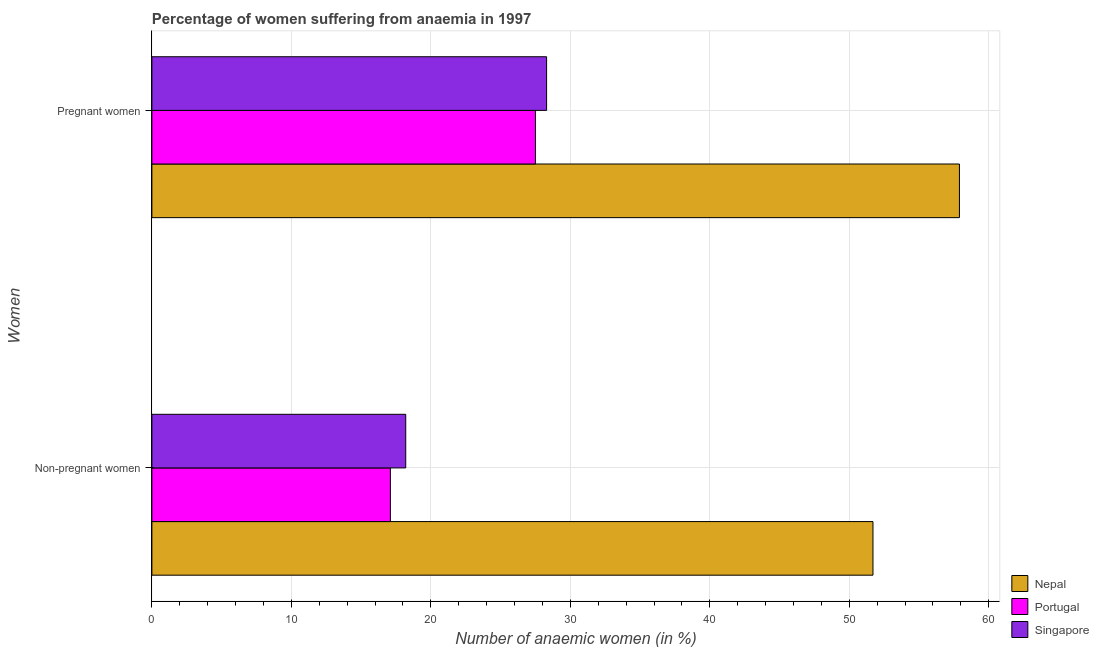
| Women | Nepal | Portugal | Singapore |
 | --- | --- | --- | --- |
 | Non-pregnant women | 51.7 | 17.1 | 18.2 |
 | Pregnant women | 57.9 | 27.5 | 28.3 |